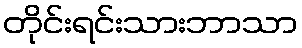
တိုင်းရင်းသားဘာသာ